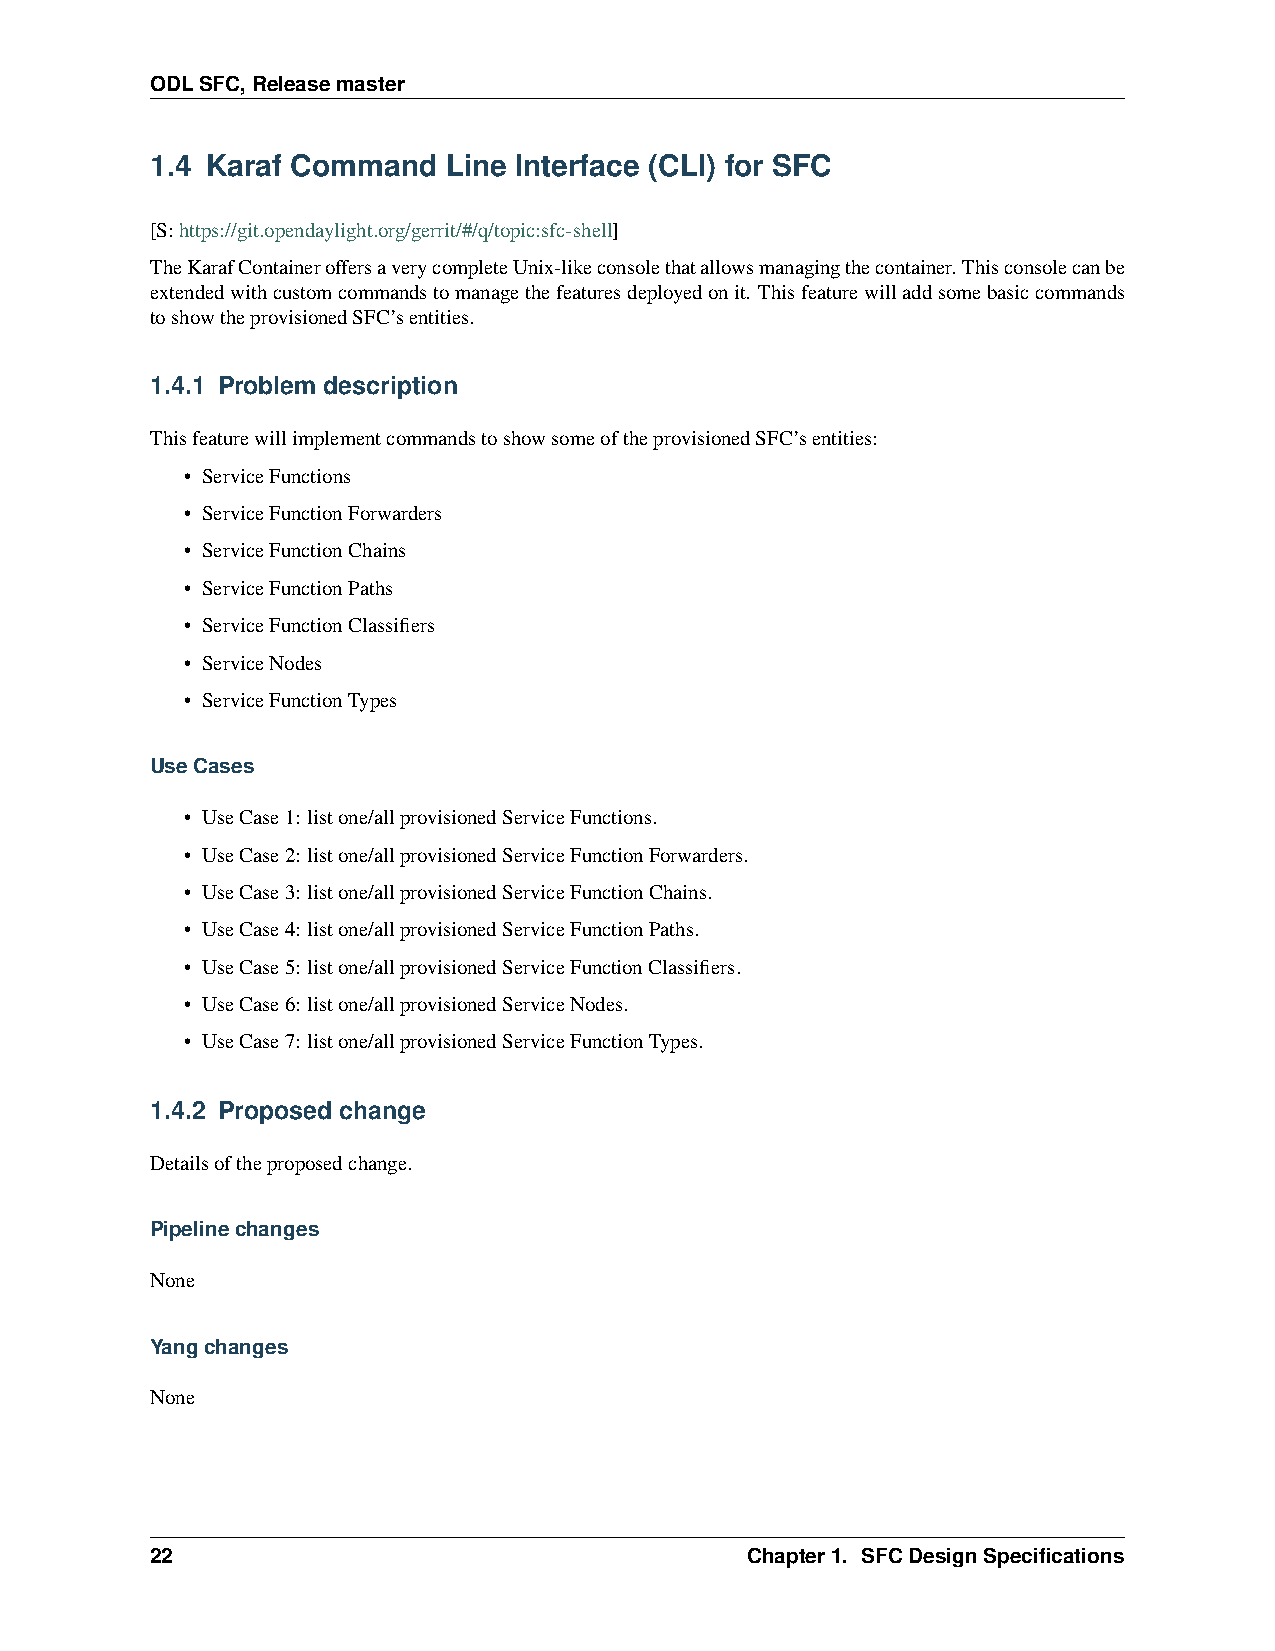
ODLSFC,Releasemaster
 1.4 Karaf Command   Line Interface (CLI) for SFC
 [S:https://git.opendaylight.org/gerrit/#/q/topic:sfc-shell]
 TheKarafContaineroffersaverycompleteUnix-likeconsolethatallowsmanagingthecontainer.Thisconsolecanbe
 extendedwithcustomcommandstomanagethefeaturesdeployedonit. Thisfeaturewilladdsomebasiccommands
 toshowtheprovisionedSFC’sentities.
 1.4.1 Problem description
 ThisfeaturewillimplementcommandstoshowsomeoftheprovisionedSFC’sentities:
 • ServiceFunctions
 • ServiceFunctionForwarders
 • ServiceFunctionChains
 • ServiceFunctionPaths
 • ServiceFunctionClassifiers
 • ServiceNodes
 • ServiceFunctionTypes
 UseCases
 • UseCase1: listone/allprovisionedServiceFunctions.
 • UseCase2: listone/allprovisionedServiceFunctionForwarders.
 • UseCase3: listone/allprovisionedServiceFunctionChains.
 • UseCase4: listone/allprovisionedServiceFunctionPaths.
 • UseCase5: listone/allprovisionedServiceFunctionClassifiers.
 • UseCase6: listone/allprovisionedServiceNodes.
 • UseCase7: listone/allprovisionedServiceFunctionTypes.
 1.4.2 Proposed change
 Detailsoftheproposedchange.
 Pipelinechanges
 None
 Yangchanges
 None
 22                                     Chapter1. SFCDesignSpecifications